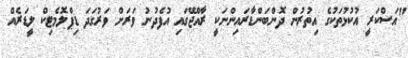
"އަސްކަރީ އުކުޅުތަކުގެ އިތުރުން ދޮންބަންޑާރައިންނަކީ ރާއްޖޭގައި އުފެދުނު ވަރަށް ވަރުގަދަ ޑިޕްލޮމެޓިކް ލީޑަރެއް